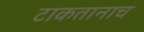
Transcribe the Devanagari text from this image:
टाकतानाच